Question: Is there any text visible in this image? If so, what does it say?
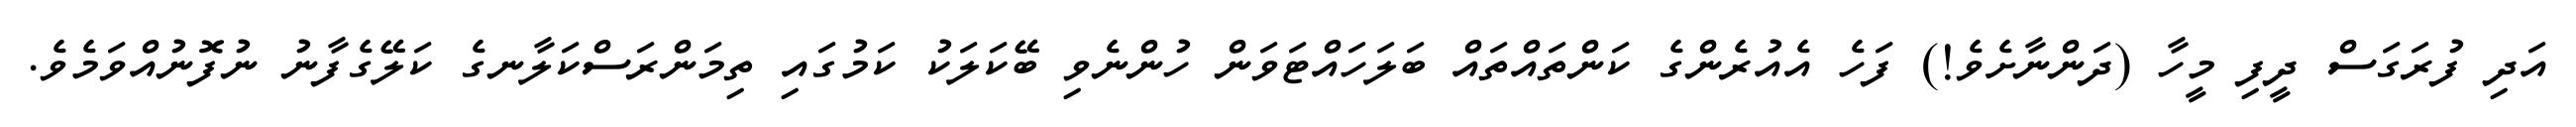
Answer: އަދި ފުރަގަސް ދީފި މީހާ (ދަންނާށެވެ!) ފަހެ އެއުރެންގެ ކަންތައްތައް ބަލަހައްޓަވަން ހުންނެވި ބޭކަލަކު ކަމުގައި ތިމަންރަސްކަލާނގެ ކަލޭގެފާނު ނުފޮނުއްވަމެވެ.